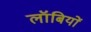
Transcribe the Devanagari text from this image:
लॉबियों